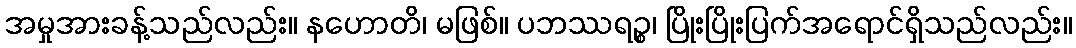
အမှုအားခန့်သည်လည်း။ နဟောတိ၊ မဖြစ်။ ပဘဿရဉ္စ၊ ပြိုးပြိုးပြက်အရောင်ရှိသည်လည်း။